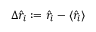
\Delta \hat { r } _ { i } : = \hat { r } _ { i } - \langle \hat { r } _ { i } \rangle